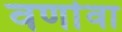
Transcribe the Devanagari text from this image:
वर्णावा